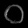
Digit: ၀